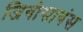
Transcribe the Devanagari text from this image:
जियोसायंस